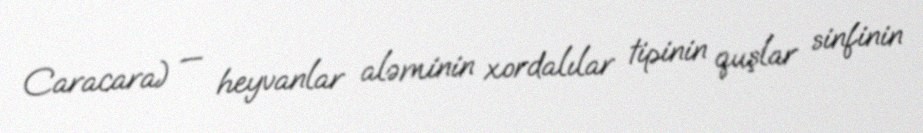
Caracara) — heyvanlar aləminin xordalılar tipinin quşlar sinfinin